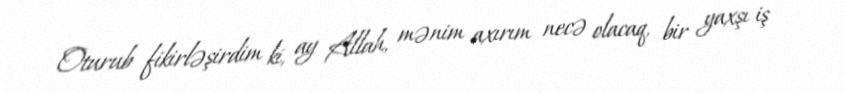
Oturub fikirləşirdim ki, ay Allah, mənim axırım necə olacaq, bir yaxşı iş